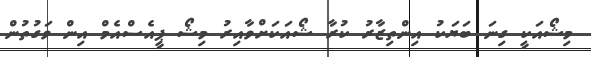
މިޝޯއަކީ ގިނަ ބަޔަކު އިންތިޒާރު ކުރާ ޝޯއަކަށްވާއިރު މިޝޯ ޕީއެސްއެމް އިން ވަގުތުން